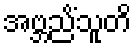
အဗ္ဘညိံသူတိ